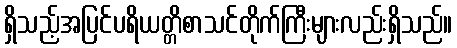
ရှိသည့်အပြင်ပရိယတ္တိစာသင်တိုက်ကြီးများလည်းရှိသည်။